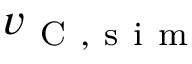
v _ { \mathrm { ~ C ~ } , \mathrm { ~ s ~ i ~ m ~ } }